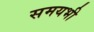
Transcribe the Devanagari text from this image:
समयभी